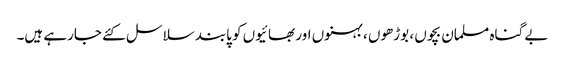
بے گناہ مسلمان بچوں ، بوڑھوں ، بہنوں اور بھائیوں کو پابند سلاسل کئے جارہے ہیں۔